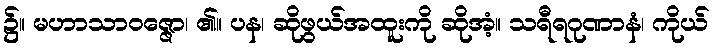
၌။ မဟာသာဝဇ္ဇော၊ ၏။ ပန၊ ဆိုဖွယ်အထူးကို ဆိုအံ့။ သရီရဂုဏာနံ၊ ကိုယ်